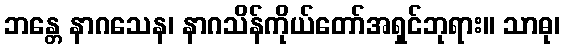
ဘန္တေ နာဂသေန၊ နာဂသိန်ကိုယ်တော်အရှင်ဘုရား။ သာဓု၊